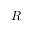
{ \cal { R } }